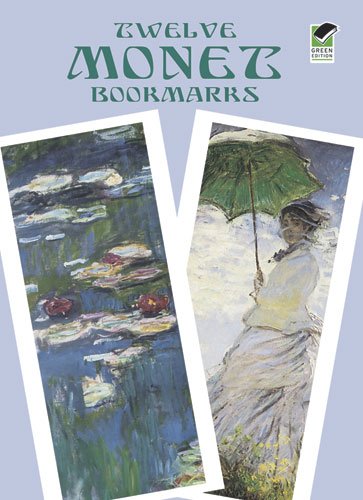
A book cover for Twelve Monet Bookmarks (Dover Bookmarks); Claude Monet; Arts & Photography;